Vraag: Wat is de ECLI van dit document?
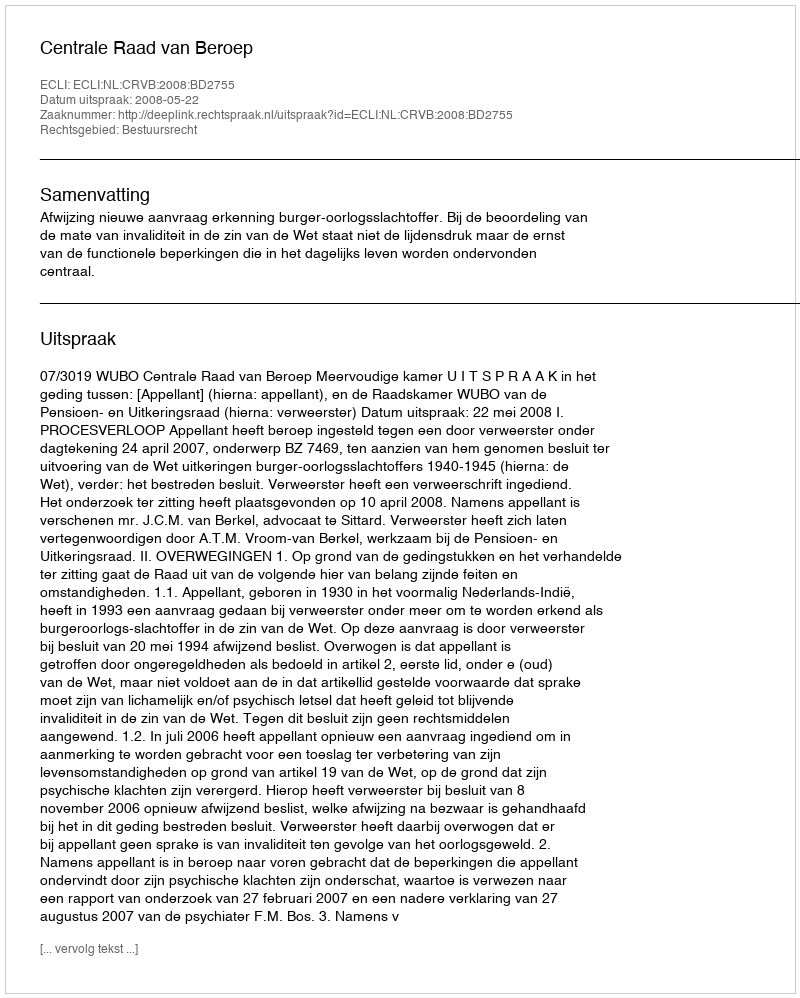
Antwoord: ECLI:NL:CRVB:2008:BD2755